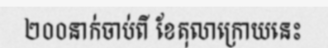
២០០នាក់ចាប់ពី ខែតុលាក្រោយនេះ